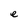
Character: e